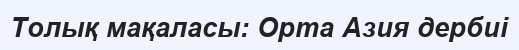
Толық мақаласы: Орта Азия дербиі